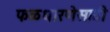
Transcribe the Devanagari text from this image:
फळधारणेसाठी